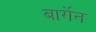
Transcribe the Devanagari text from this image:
बार्गेन